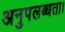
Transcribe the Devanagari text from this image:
अनुपलब्धता।